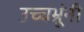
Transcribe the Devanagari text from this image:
उच्चभ्रूंनी